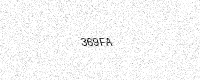
Text: 369FA